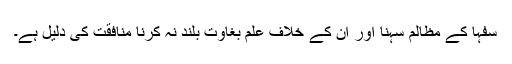
سفہا کے مظالم سہنا اور ان کے خلاف علم بغاوت بلند نہ کرنا منافقت کی دلیل ہے۔